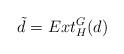
LaTeX: \begin{align*} \tilde d= Ext_H^G(d)\end{align*}